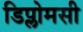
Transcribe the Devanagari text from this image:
डिप्लोमसी